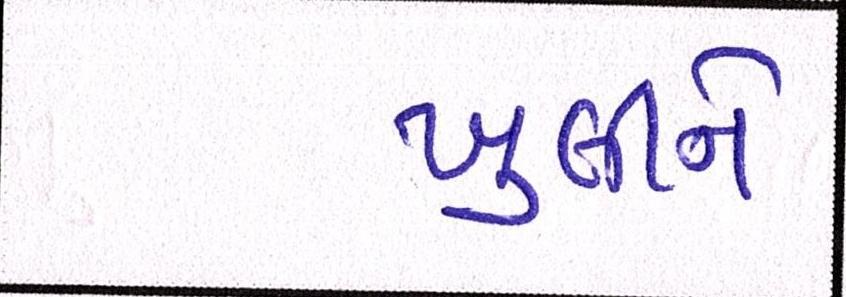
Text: ખુલીને